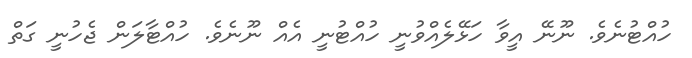
ހުއްޓުނެވެ. ނޫނޭ އީވާ ހަޅޭލެއްވުނީ ހުއްޓުނީ އެއް ނޫނެވެ. ހުއްޓާލަން ޖެހުނީ ގަތް